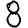
Digit: 8